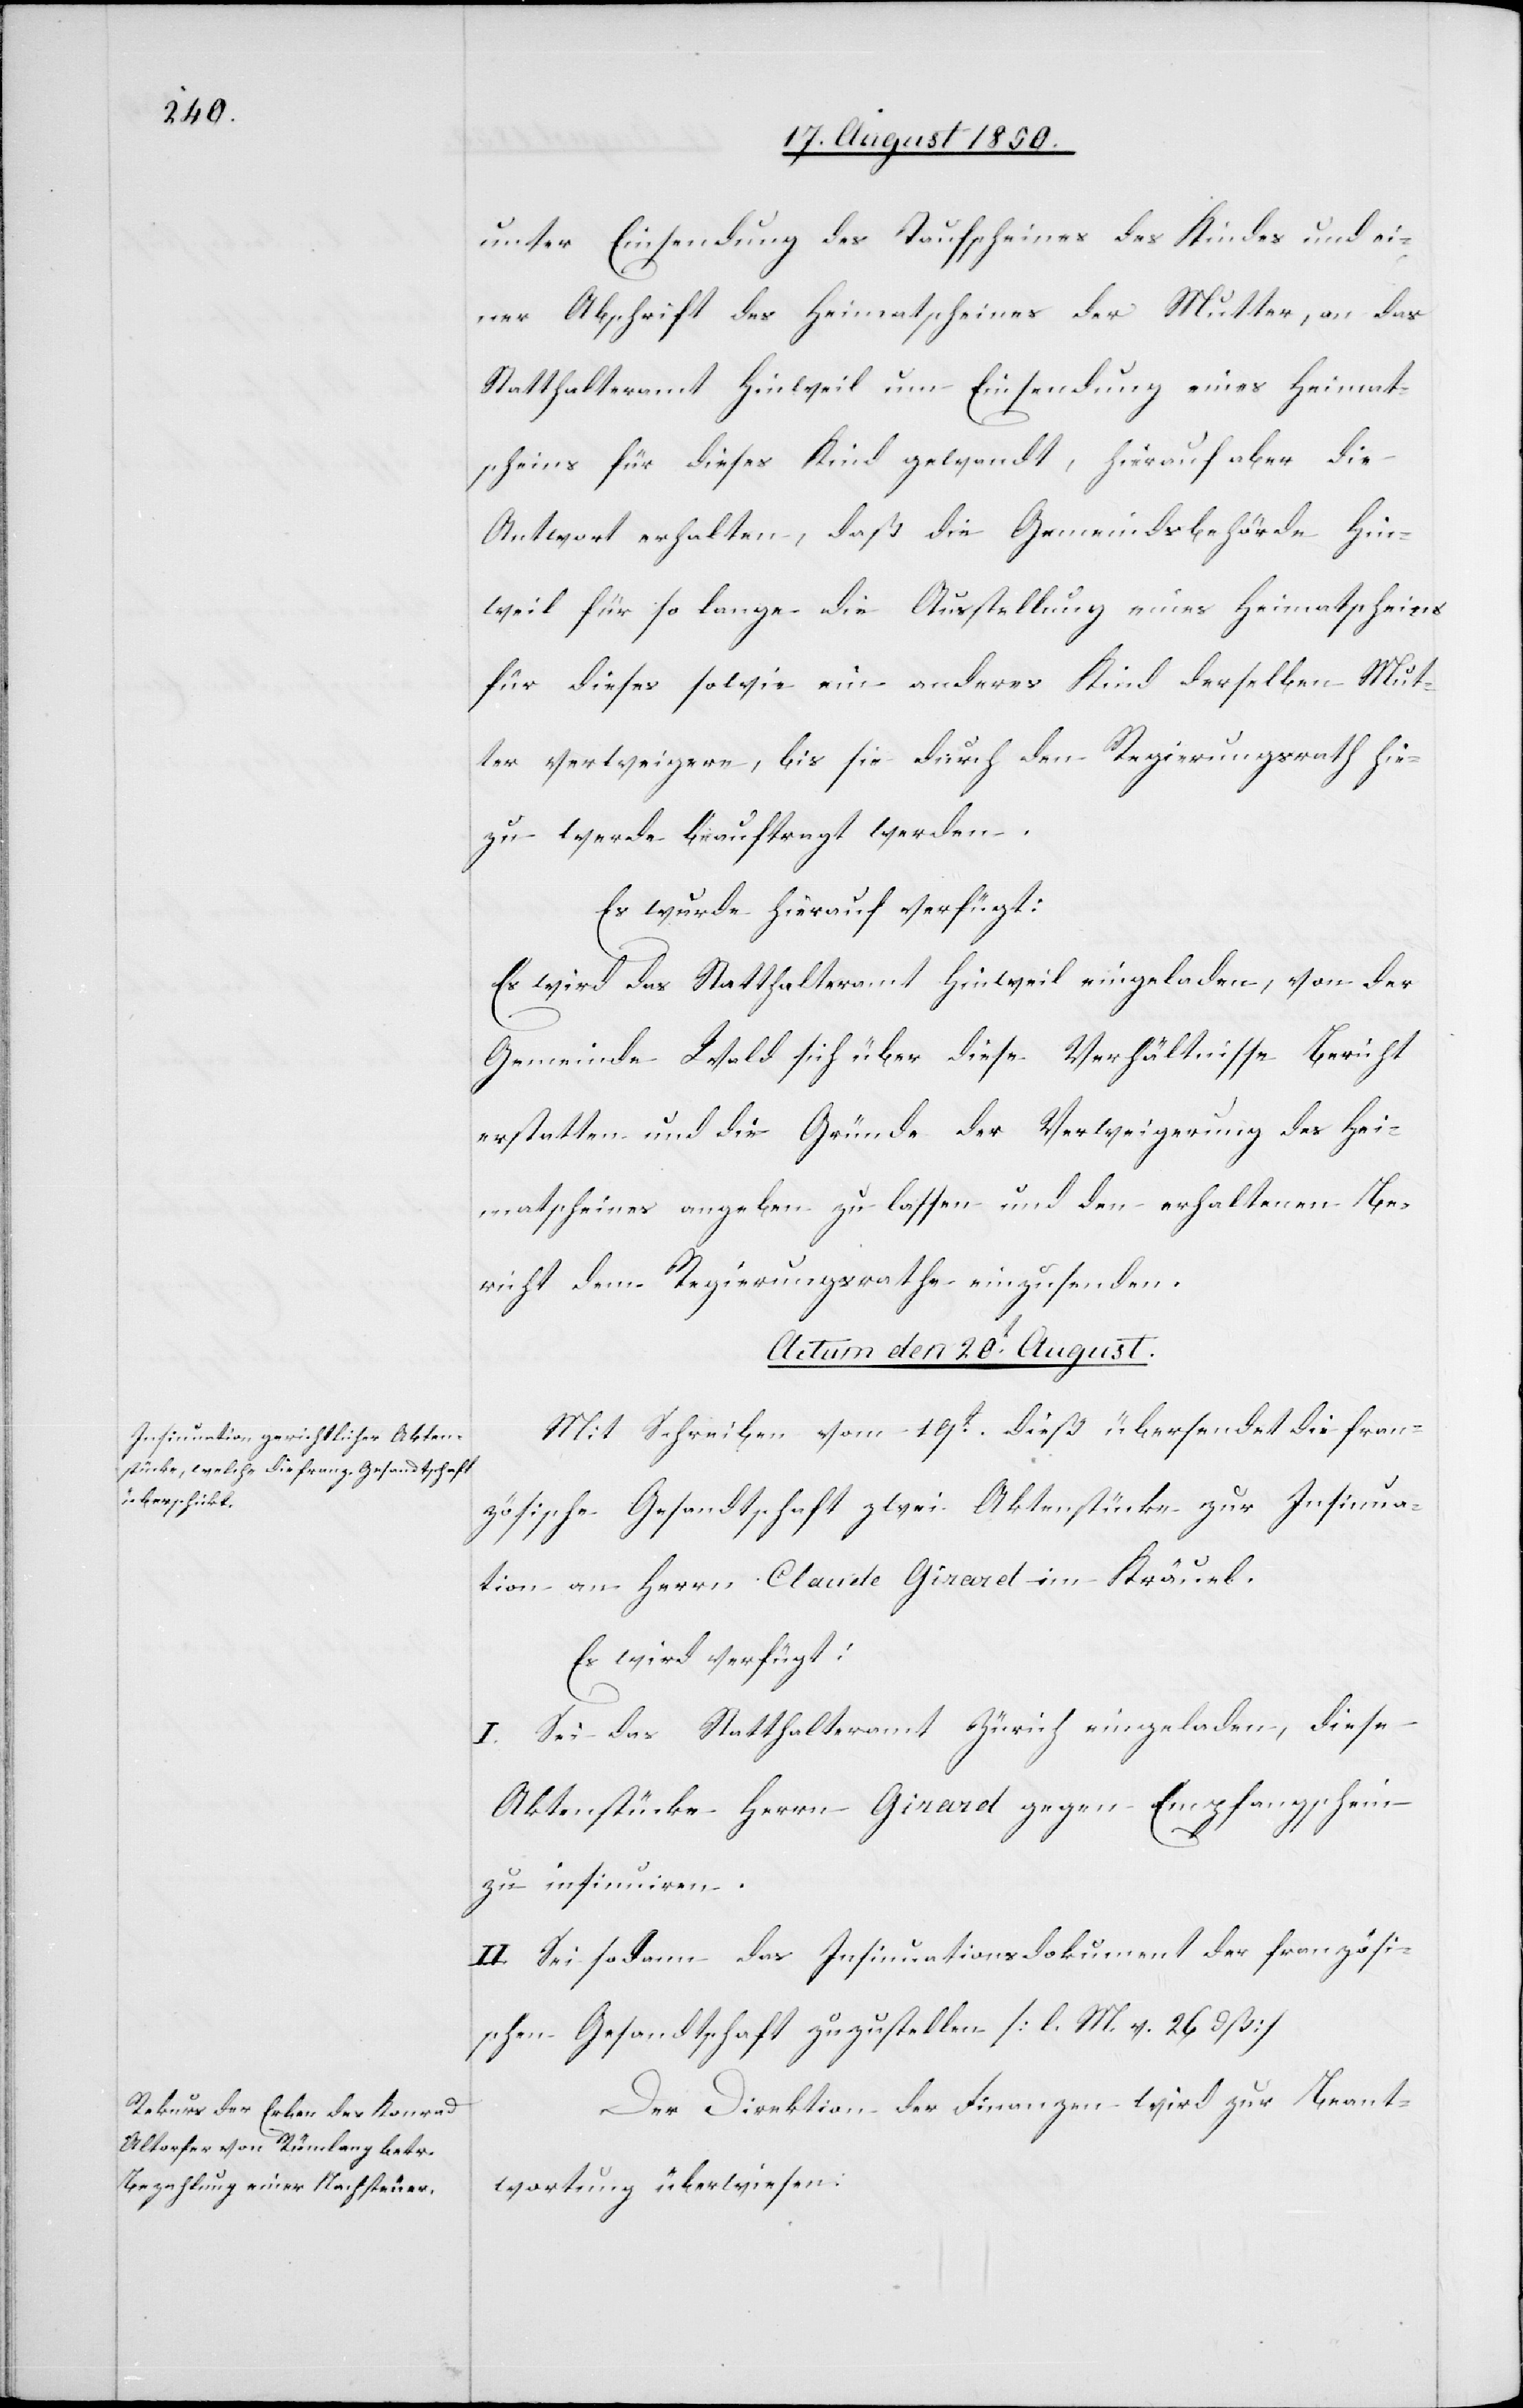
unter Einsendung des Taufscheines des Kindes und ei¬
ner Abschrift des Heimatscheines der Mutter, an das
Statthalteramt Hinweil um Einsendung eines Heimat¬
scheins für dieses Kind gewandt, hierauf aber die
Antwort erhalten, daß die Gemeindsbehörde Hin¬
weil für so lange die Ausstellung eines Heimatscheins
für dieses sowie ein anderes Kind derselben Mut¬
ter verweigere, bis sie durch den Regierungsrath hie¬
zu werde beauftragt werden.
Es wurde hierauf verfügt:
Es wird das Statthalteramt Hinweil eingeladen, von der
Gemeinde Wald sich über diese Verhältnisse Bericht
erstatten und die Gründe der Verweigerung des Hei¬
matscheines angeben zu lassen und den erhaltenen Be¬
richt dem Regierungsrathe einzusenden.
Actum den 20t August.]
Mit Schreiben vom 19t dieß übersendet die fran¬
zösische Gesandtschaft zwei Aktenstücke zur Insinua¬
tion an Herrn Claude Giraret im Kräuel.
Es wird verfügt:
I. Sei das Statthalteramt Zürich eingeladen, diese
Aktenstücke Herrn Giraret gegen Empfangschein
zu insinuiren.
II. Sei sodann das Insinuationsdokument der französi¬
schen Gesandtschaft zuzustellen [l. M. v. 26 dß]
Der Direktion der Finanzen wird zur Beant¬
wortung überwiesen: